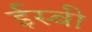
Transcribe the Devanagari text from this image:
ईस्बी